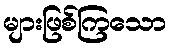
များဖြစ်ကြသော